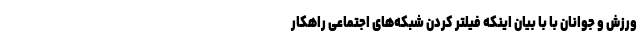
ورزش و جوانان با با بیان اینکه فیلتر کردن شبکه‌های اجتماعی راهکار